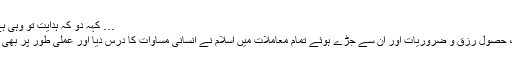
… کہہ دو کہ ہدایت تو وہی ہے جو خدا نے بتائی ہے (سورۃ الانعام 71)
اگلی بات یہ کہ انفرادی اور خاندانی معیشت، حصول رزق و ضروریات اور ان سے جڑے ہوئے تمام معاملات میں اسلام نے انسانی مساوات کا درس دیا اور عملی طور پر بھی اس کی مثال 1400 سال پہلے فراہم کردی۔